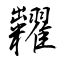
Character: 糶